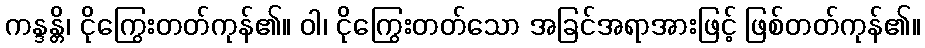
ကန္ဒန္တိ၊ ငိုကြွေးတတ်ကုန်၏။ ဝါ၊ ငိုကြွေးတတ်သော အခြင်အရာအားဖြင့် ဖြစ်တတ်ကုန်၏။